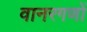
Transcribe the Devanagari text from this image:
वानरगणों